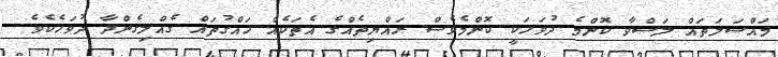
މައްސަލަތައް ލަސްވާ ކޮންމެ ދުވަހަކީ ކޮންމެވެސް ރައްޔިތެއްގެ އެތަކެއް ހައްގުތައް ގެއްލިގެންދާ ދުވަހެކެވެ.